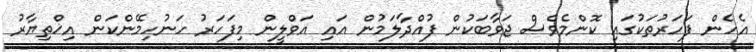
އެހެން ފަހަރުތަކުގައި ކޮންމެވެސް ޖަވާބަކުން ފުއްދާލަމުން އައި އަވްލީން މިފަހަރު ހަނުހިމޭންކަން އިޚްތިޔާރު